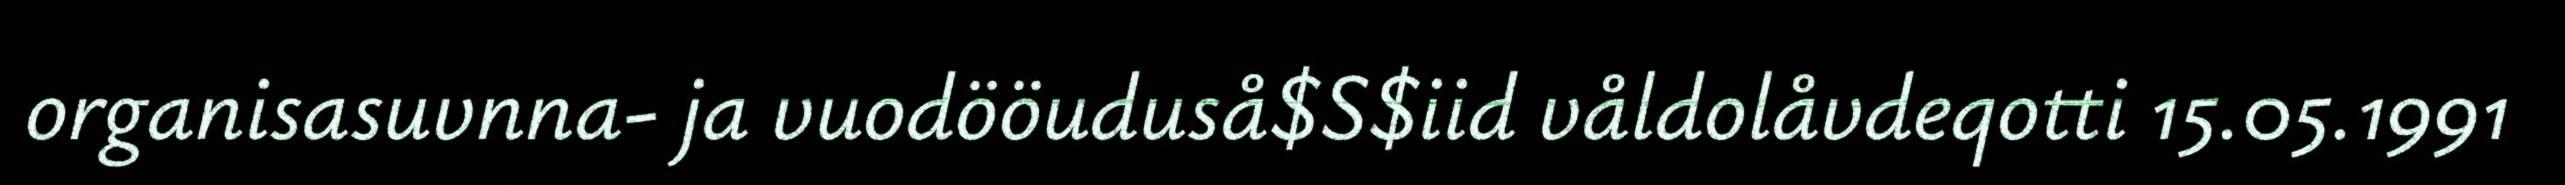
organisasuvnna- ja vuodööuduså$S$iid våldolåvdeqotti 15.05.1991